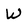
Character: W